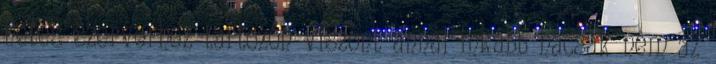
netes szerverhez tartozón viszont annál inkább hacsak nem az